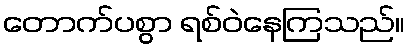
တောက်ပစွာ ရစ်ဝဲနေကြသည်။